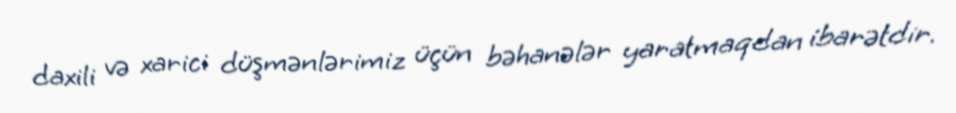
daxili və xarici düşmənlərimiz üçün bəhanələr yaratmaqdan ibarətdir.